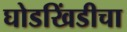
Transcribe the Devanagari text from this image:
घोडखिंडीचा